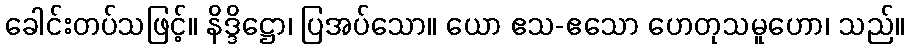
ခေါင်းတပ်သဖြင့်။ နိဒ္ဒိဋ္ဌော၊ ပြအပ်သော။ ယော ဧသ-ဧသော ဟေတုသမူဟော၊ သည်။